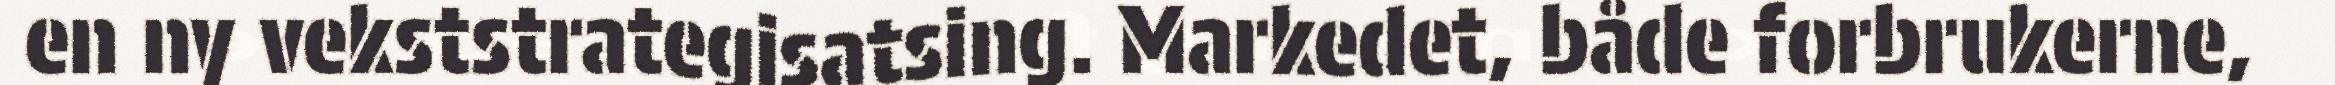
en ny vekststrategisatsing. Markedet, både forbrukerne,